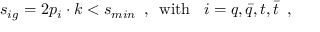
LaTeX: s _ { i g } = 2 p _ { i } \cdot k < s _ { m i n } \, \, \, , \, \, \, \mathrm { w i t h } \, \, \, \, \, i = q , \bar { q } , t , \bar { t } \, \, \, ,